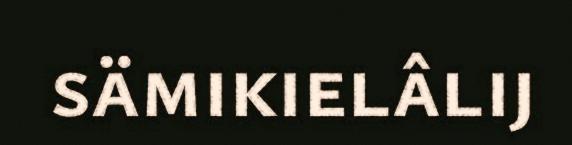
sämikielâlij